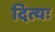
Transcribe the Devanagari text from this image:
दित्यः